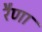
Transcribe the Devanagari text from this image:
रैणा